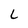
Character: L